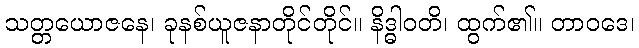
သတ္တယောဇနေ၊ ခုနစ်ယူဇနာတိုင်တိုင်။ နိဒ္ဓါဝတိ၊ ထွက်၏။ တာဝဒေ၊